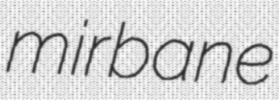
mirbane